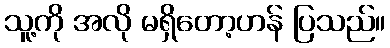
သူ့ကို အလို မရှိတော့ဟန် ပြသည်။